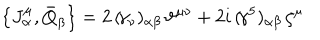
\left\{ J _ { \alpha } ^ { \mu } , \bar { Q } _ { \beta } \right\} = 2 \, ( \! \gamma _ { \nu } ) _ { \alpha \beta } \, \vartheta ^ { \mu \nu } + 2 i \, ( \! \gamma ^ { 5 } ) _ { \alpha \beta } \, \zeta ^ { \mu }